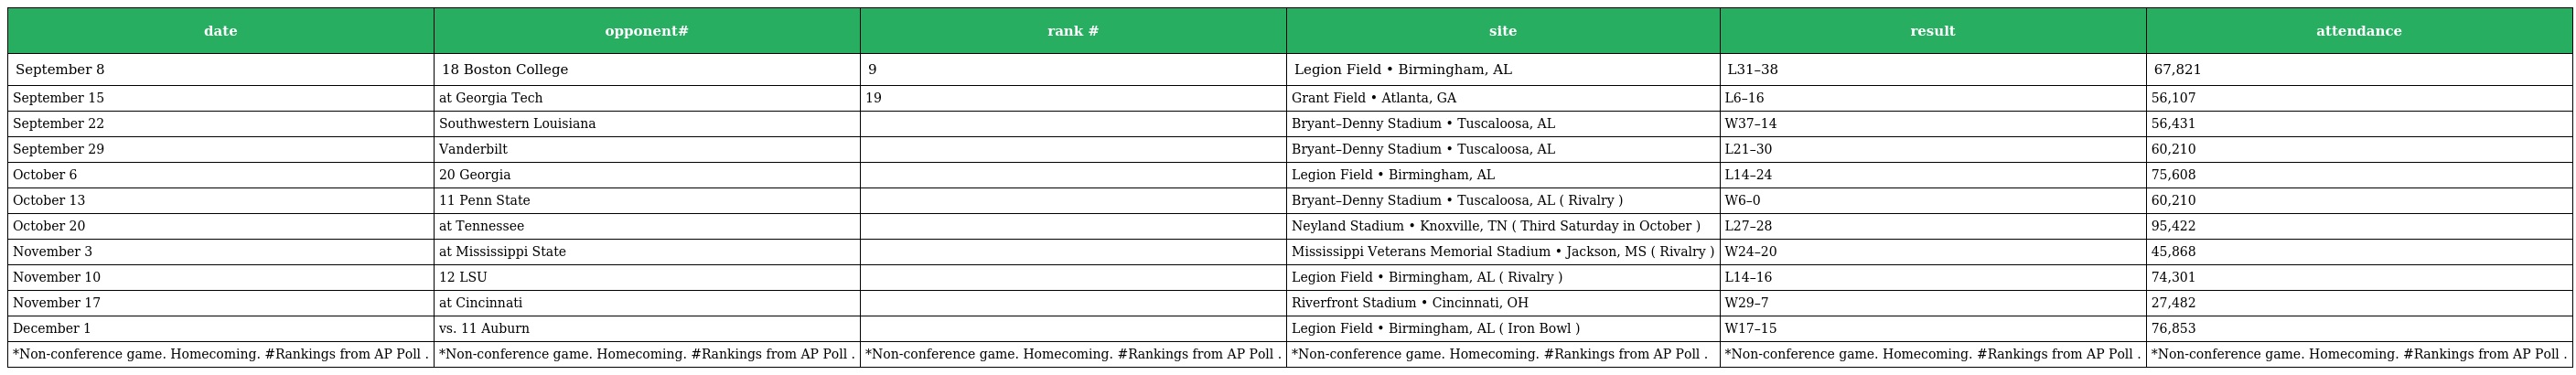
| date | opponent# | rank # | site | result | attendance |
 | --- | --- | --- | --- | --- | --- |
 | September 8 | 18 Boston College | 9 | Legion Field • Birmingham, AL | L31–38 | 67,821 |
 | September 15 | at Georgia Tech | 19 | Grant Field • Atlanta, GA | L6–16 | 56,107 |
 | September 22 | Southwestern Louisiana |  | Bryant–Denny Stadium • Tuscaloosa, AL | W37–14 | 56,431 |
 | September 29 | Vanderbilt |  | Bryant–Denny Stadium • Tuscaloosa, AL | L21–30 | 60,210 |
 | October 6 | 20 Georgia |  | Legion Field • Birmingham, AL | L14–24 | 75,608 |
 | October 13 | 11 Penn State |  | Bryant–Denny Stadium • Tuscaloosa, AL ( Rivalry ) | W6–0 | 60,210 |
 | October 20 | at Tennessee |  | Neyland Stadium • Knoxville, TN ( Third Saturday in October ) | L27–28 | 95,422 |
 | November 3 | at Mississippi State |  | Mississippi Veterans Memorial Stadium • Jackson, MS ( Rivalry ) | W24–20 | 45,868 |
 | November 10 | 12 LSU |  | Legion Field • Birmingham, AL ( Rivalry ) | L14–16 | 74,301 |
 | November 17 | at Cincinnati |  | Riverfront Stadium • Cincinnati, OH | W29–7 | 27,482 |
 | December 1 | vs. 11 Auburn |  | Legion Field • Birmingham, AL ( Iron Bowl ) | W17–15 | 76,853 |
 | *Non-conference game. Homecoming. #Rankings from AP Poll . | *Non-conference game. Homecoming. #Rankings from AP Poll . | *Non-conference game. Homecoming. #Rankings from AP Poll . | *Non-conference game. Homecoming. #Rankings from AP Poll . | *Non-conference game. Homecoming. #Rankings from AP Poll . | *Non-conference game. Homecoming. #Rankings from AP Poll . |